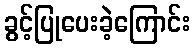
ခွင့်ပြုပေးခဲ့ကြောင်း